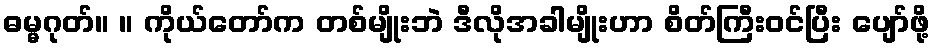
ဓမ္မဂုတ်။ ။ ကိုယ်တော်က တစ်မျိုးဘဲ ဒီလိုအခါမျိုးဟာ စိတ်ကြီးဝင်ပြီး ပျော်ဖို့